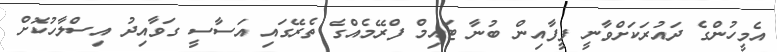
އެމީހުންގެ ދައުރަކަށްވާނީ ފީފާއިން ބުނާ ޓައިމް ފްރޭމެއްގެ ތެރޭގައި އަސާސީ ގަވާއިދު އިސްލާހުކޮށް